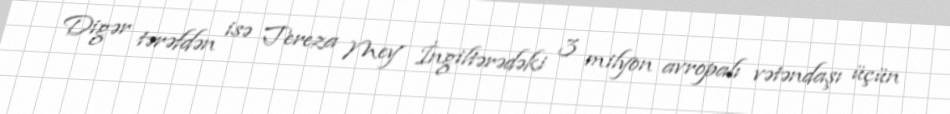
Digər tərəfdən isə Tereza Mey İngiltərədəki 3 milyon avropalı vətəndaşı üçün